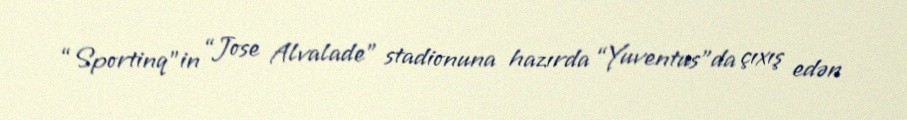
“Sportinq”in “Jose Alvalade” stadionuna hazırda “Yuventus”da çıxış edən